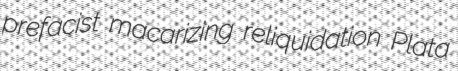
prefacist macarizing reliquidation Plata